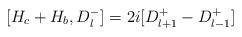
LaTeX: \begin{align*}[H_{c}+H_{b},D_{l}^{-}]=2i[D_{l+1}^{+}-D_{l-1}^{+}]\end{align*}